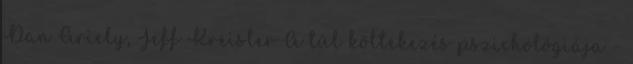
Dan Ariely, Jeff Kreisler A túl költekezés pszichológiája -